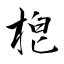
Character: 梎